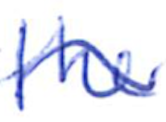
Text: the
Cross-out: wave
Writing tool: ballpoint